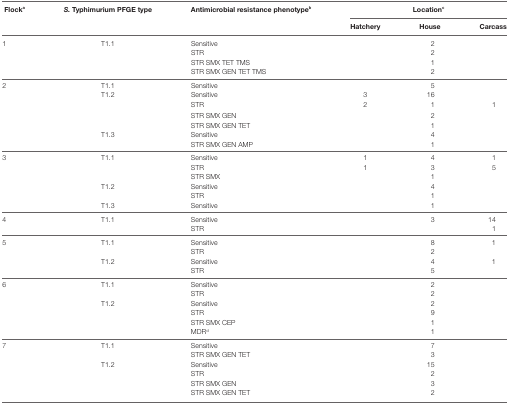
<table><thead><tr><td rowspan="2"><b>Flock<sup>a</sup></b></td><td rowspan="2"><b><i>S</i>. Typhimurium PFGE type</b></td><td rowspan="2"><b>Antimicrobial resistance phenotype<sup>b</sup></b></td><td colspan="3"><b>Location<sup>c</sup></b></td></tr><tr><td><b>Hatchery</b></td><td><b>House</b></td><td><b>Carcass</b></td></tr></thead><tbody><tr><td rowspan="4">1</td><td rowspan="4">T1.1</td><td>Sensitive</td><td></td><td>2</td><td></td></tr><tr><td>STR</td><td></td><td>2</td><td></td></tr><tr><td>STR SMX TET TMS</td><td></td><td>1</td><td></td></tr><tr><td>STR SMX GEN TET TMS</td><td></td><td>2</td><td></td></tr><tr><td rowspan="7">2</td><td>T1.1</td><td>Sensitive</td><td></td><td>5</td><td></td></tr><tr><td rowspan="4">T1.2</td><td>Sensitive</td><td>3</td><td>16</td><td></td></tr><tr><td>STR</td><td>2</td><td>1</td><td>1</td></tr><tr><td>STR SMX GEN</td><td></td><td>2</td><td></td></tr><tr><td>STR SMX GEN TET</td><td></td><td>1</td><td></td></tr><tr><td rowspan="2">T1.3</td><td>Sensitive</td><td></td><td>4</td><td></td></tr><tr><td>STR SMX GEN AMP</td><td></td><td>1</td><td></td></tr><tr><td rowspan="6">3</td><td rowspan="3">T1.1</td><td>Sensitive</td><td>1</td><td>4</td><td>1</td></tr><tr><td>STR</td><td>1</td><td>3</td><td>5</td></tr><tr><td>STR SMX</td><td></td><td>1</td><td></td></tr><tr><td rowspan="2">T1.2</td><td>Sensitive</td><td></td><td>4</td><td></td></tr><tr><td>STR</td><td></td><td>1</td><td></td></tr><tr><td>T1.3</td><td>Sensitive</td><td></td><td>1</td><td></td></tr><tr><td rowspan="2">4</td><td rowspan="2">T1.1</td><td>Sensitive</td><td></td><td>3</td><td>14</td></tr><tr><td>STR</td><td></td><td></td><td>1</td></tr><tr><td rowspan="4">5</td><td rowspan="2">T1.1</td><td>Sensitive</td><td></td><td>8</td><td>1</td></tr><tr><td>STR</td><td></td><td>2</td><td></td></tr><tr><td rowspan="2">T1.2</td><td>Sensitive</td><td></td><td>4</td><td>1</td></tr><tr><td>STR</td><td></td><td>5</td><td></td></tr><tr><td rowspan="6">6</td><td rowspan="2">T1.1</td><td>Sensitive</td><td></td><td>2</td><td></td></tr><tr><td>STR</td><td></td><td>2</td><td></td></tr><tr><td rowspan="4">T1.2</td><td>Sensitive</td><td></td><td>2</td><td></td></tr><tr><td>STR</td><td></td><td>9</td><td></td></tr><tr><td>STR SMX CEP</td><td></td><td>1</td><td></td></tr><tr><td>MDR<sup>d</sup></td><td></td><td>1</td><td></td></tr><tr><td rowspan="6">7</td><td rowspan="2">T1.1</td><td>Sensitive</td><td></td><td>7</td><td></td></tr><tr><td>STR SMX GEN TET</td><td></td><td>3</td><td></td></tr><tr><td rowspan="4">T1.2</td><td>Sensitive</td><td></td><td>15</td><td></td></tr><tr><td>STR</td><td></td><td>2</td><td></td></tr><tr><td>STR SMX GEN</td><td></td><td>3</td><td></td></tr><tr><td>STR SMX GEN TET</td><td></td><td>2</td><td></td></tr></tbody></table>